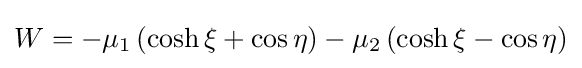
W=-\mu _{1}\left(\cosh \xi +\cos \eta \right)-\mu _{2}\left(\cosh \xi -\cos \eta \right)